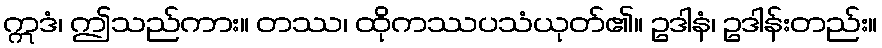
ဣဒံ၊ ဤသည်ကား။ တဿ၊ ထိုကဿပသံယုတ်၏။ ဥဒါနံ၊ ဥဒါန်းတည်း။